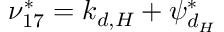
\nu _ { 1 7 } ^ { * } = k _ { d , H } + \psi _ { d _ { H } } ^ { * }